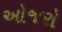
ઓજરો